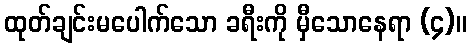
ထုတ်ချင်းမပေါက်သော ခရီးကို မှီသောနေရာ (၄)။